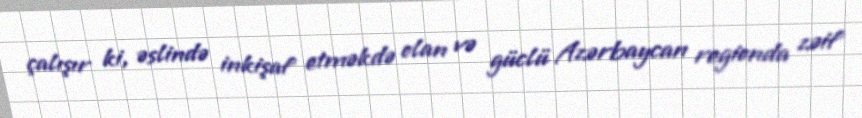
çalışır ki, əslində inkişaf etməkdə olan və güclü Azərbaycan regionda zəif